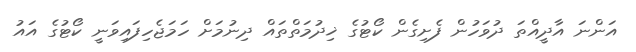
އަންނަ އާދީއްތަ ދުވަހުން ފެށިގެން ކޯޓުގެ ޚިދުމަތްތައް ދިނުމަށް ހަމަޖެހިފައިވަނީ ކޯޓުގެ އައު